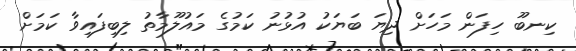
ކިނބޫ ހިފަން މަހަށް ދިޔަ ބަޔަކު އުޅުނު ކަމުގެ މައުލޫމާތު ލިބިފައިވާ ކަމަށް